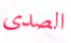
الصدى